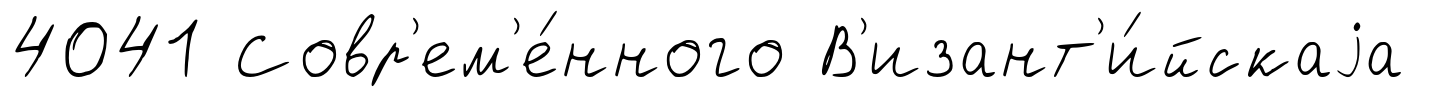
4041 Совр'ем'е́нного В'изант'и́йскаjа